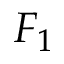
F _ { 1 }